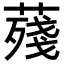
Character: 𦺐